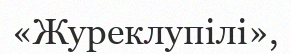
«Журеклупілі»,